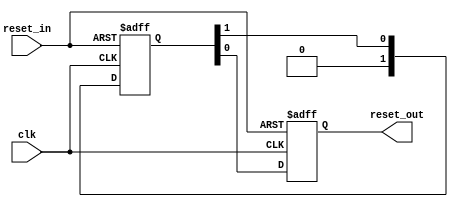
module altera_tse_reset_synchronizer_1
#(
    parameter ASYNC_RESET = 1,
    parameter DEPTH       = 2
)
(
    input   reset_in ,
    input   clk,
    output  reset_out
);
    (*preserve*) reg [DEPTH-1:0] altera_tse_reset_synchronizer_chain;
    reg altera_tse_reset_synchronizer_chain_out;
    generate if (ASYNC_RESET) begin
        always @(posedge clk or posedge reset_in) begin
            if (reset_in) begin
                altera_tse_reset_synchronizer_chain <= {DEPTH{1'b1}};
                altera_tse_reset_synchronizer_chain_out <= 1'b1;
            end
            else begin
                altera_tse_reset_synchronizer_chain[DEPTH-2:0] <= altera_tse_reset_synchronizer_chain[DEPTH-1:1];
                altera_tse_reset_synchronizer_chain[DEPTH-1] <= 0;
                altera_tse_reset_synchronizer_chain_out <= altera_tse_reset_synchronizer_chain[0];
            end
        end
        assign reset_out = altera_tse_reset_synchronizer_chain_out;
    end else begin
        always @(posedge clk) begin
            altera_tse_reset_synchronizer_chain[DEPTH-2:0] <= altera_tse_reset_synchronizer_chain[DEPTH-1:1];
            altera_tse_reset_synchronizer_chain[DEPTH-1] <= reset_in;
            altera_tse_reset_synchronizer_chain_out <= altera_tse_reset_synchronizer_chain[0];
        end
        assign reset_out = altera_tse_reset_synchronizer_chain_out;
    end
    endgenerate
endmodule